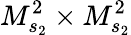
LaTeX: M_{s_{2}}^{2}\times M_{s_{2}}^{2}